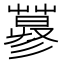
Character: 𱾕